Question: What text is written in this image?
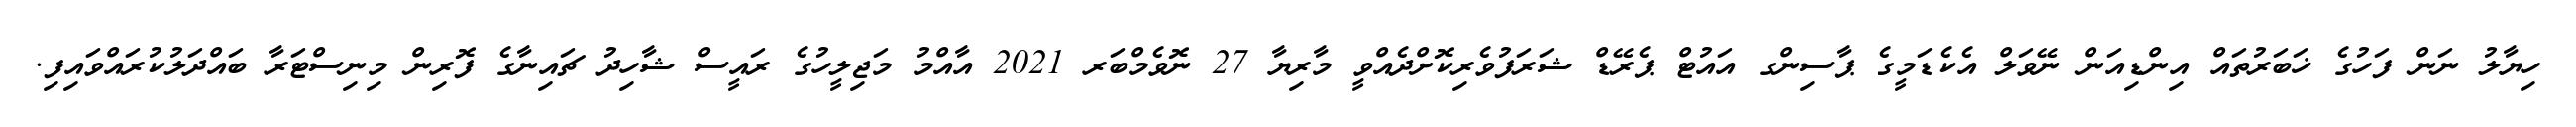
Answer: ހިޔާލު ނަން ފަހުގެ ޚަބަރުތައް އިންޑިއަން ނޭވަލް އެކެޑަމީގެ ޕާސިންގ އައުޓް ޕެރޭޑް ޝަރަފުވެރިކޮށްދެއްވީ މާރިޔާ 27 ނޮވެމްބަރ 2021 އާއްމު މަޖިލީހުގެ ރައީސް ޝާހިދު ޗައިނާގެ ފޮރިން މިނިސްޓަރާ ބައްދަލުކުރައްވައިފި.